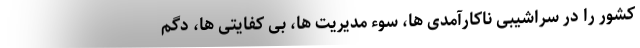
کشور را در سراشیبی ناکارآمدی ها، سوء مدیریت ها، بی کفایتی ها، دگم